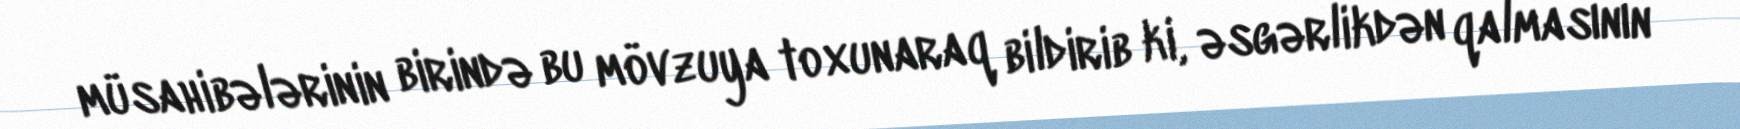
müsahibələrinin birində bu mövzuya toxunaraq bildirib ki, əsgərlikdən qalmasının